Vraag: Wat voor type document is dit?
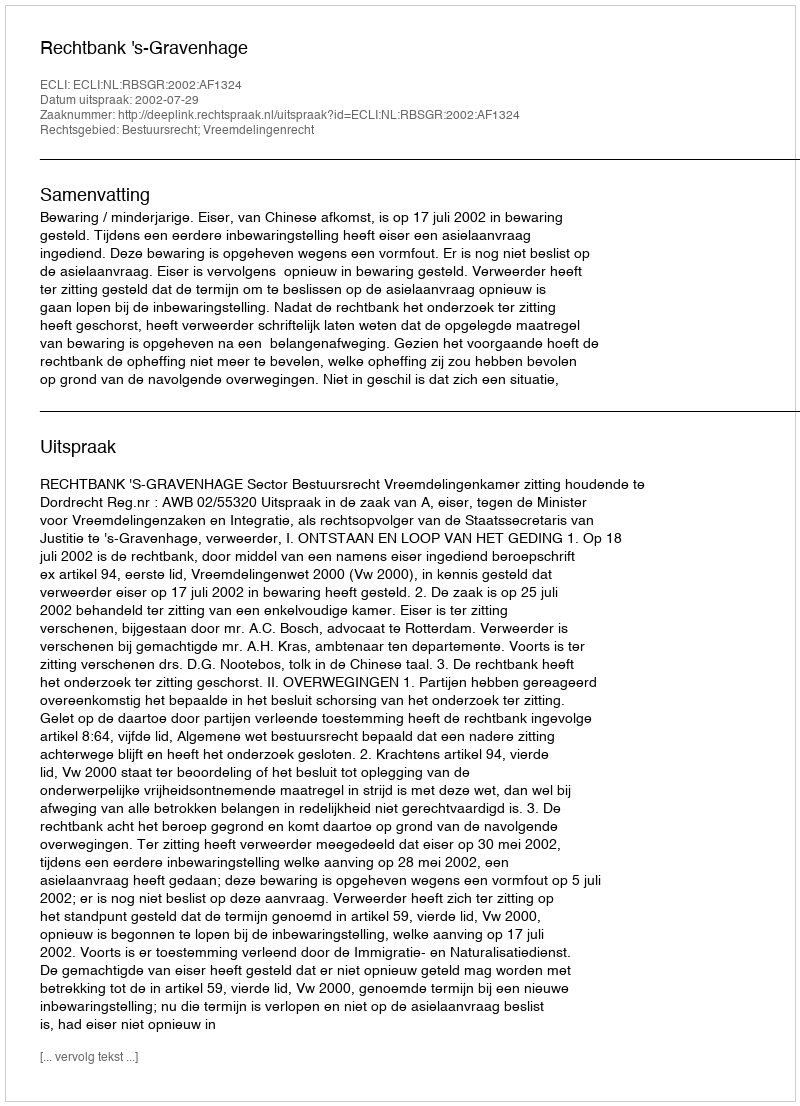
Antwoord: Uitspraak